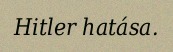
Hitler hatása.